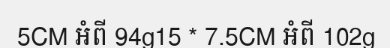
5CM អំពី 94g15 * 7.5CM អំពី 102g